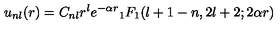
u _ { n l } ( r ) = C _ { n l } r ^ { l } e ^ { - \alpha r } { } _ { 1 } F _ { 1 } ( l + 1 - n , 2 l + 2 ; 2 \alpha r )